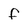
Character: f